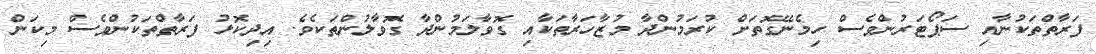
ފަރާތްތަކުނާއި ސަޕޯޓަރުންވެސް ހިމެނޭގޮތަށް ކުރަމުންދާ މުޒާހަރާތަކާއި ގޮވާލަމުންދާ ގޮވާލުންތަކެވެ. އިދިކޮޅު ފަރާތްތަކުންވެސް މިކަން